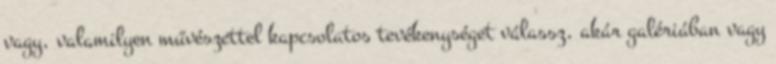
vagy, valamilyen művészettel kapcsolatos tevékenységet válassz, akár galériában vagy